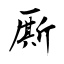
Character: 厮